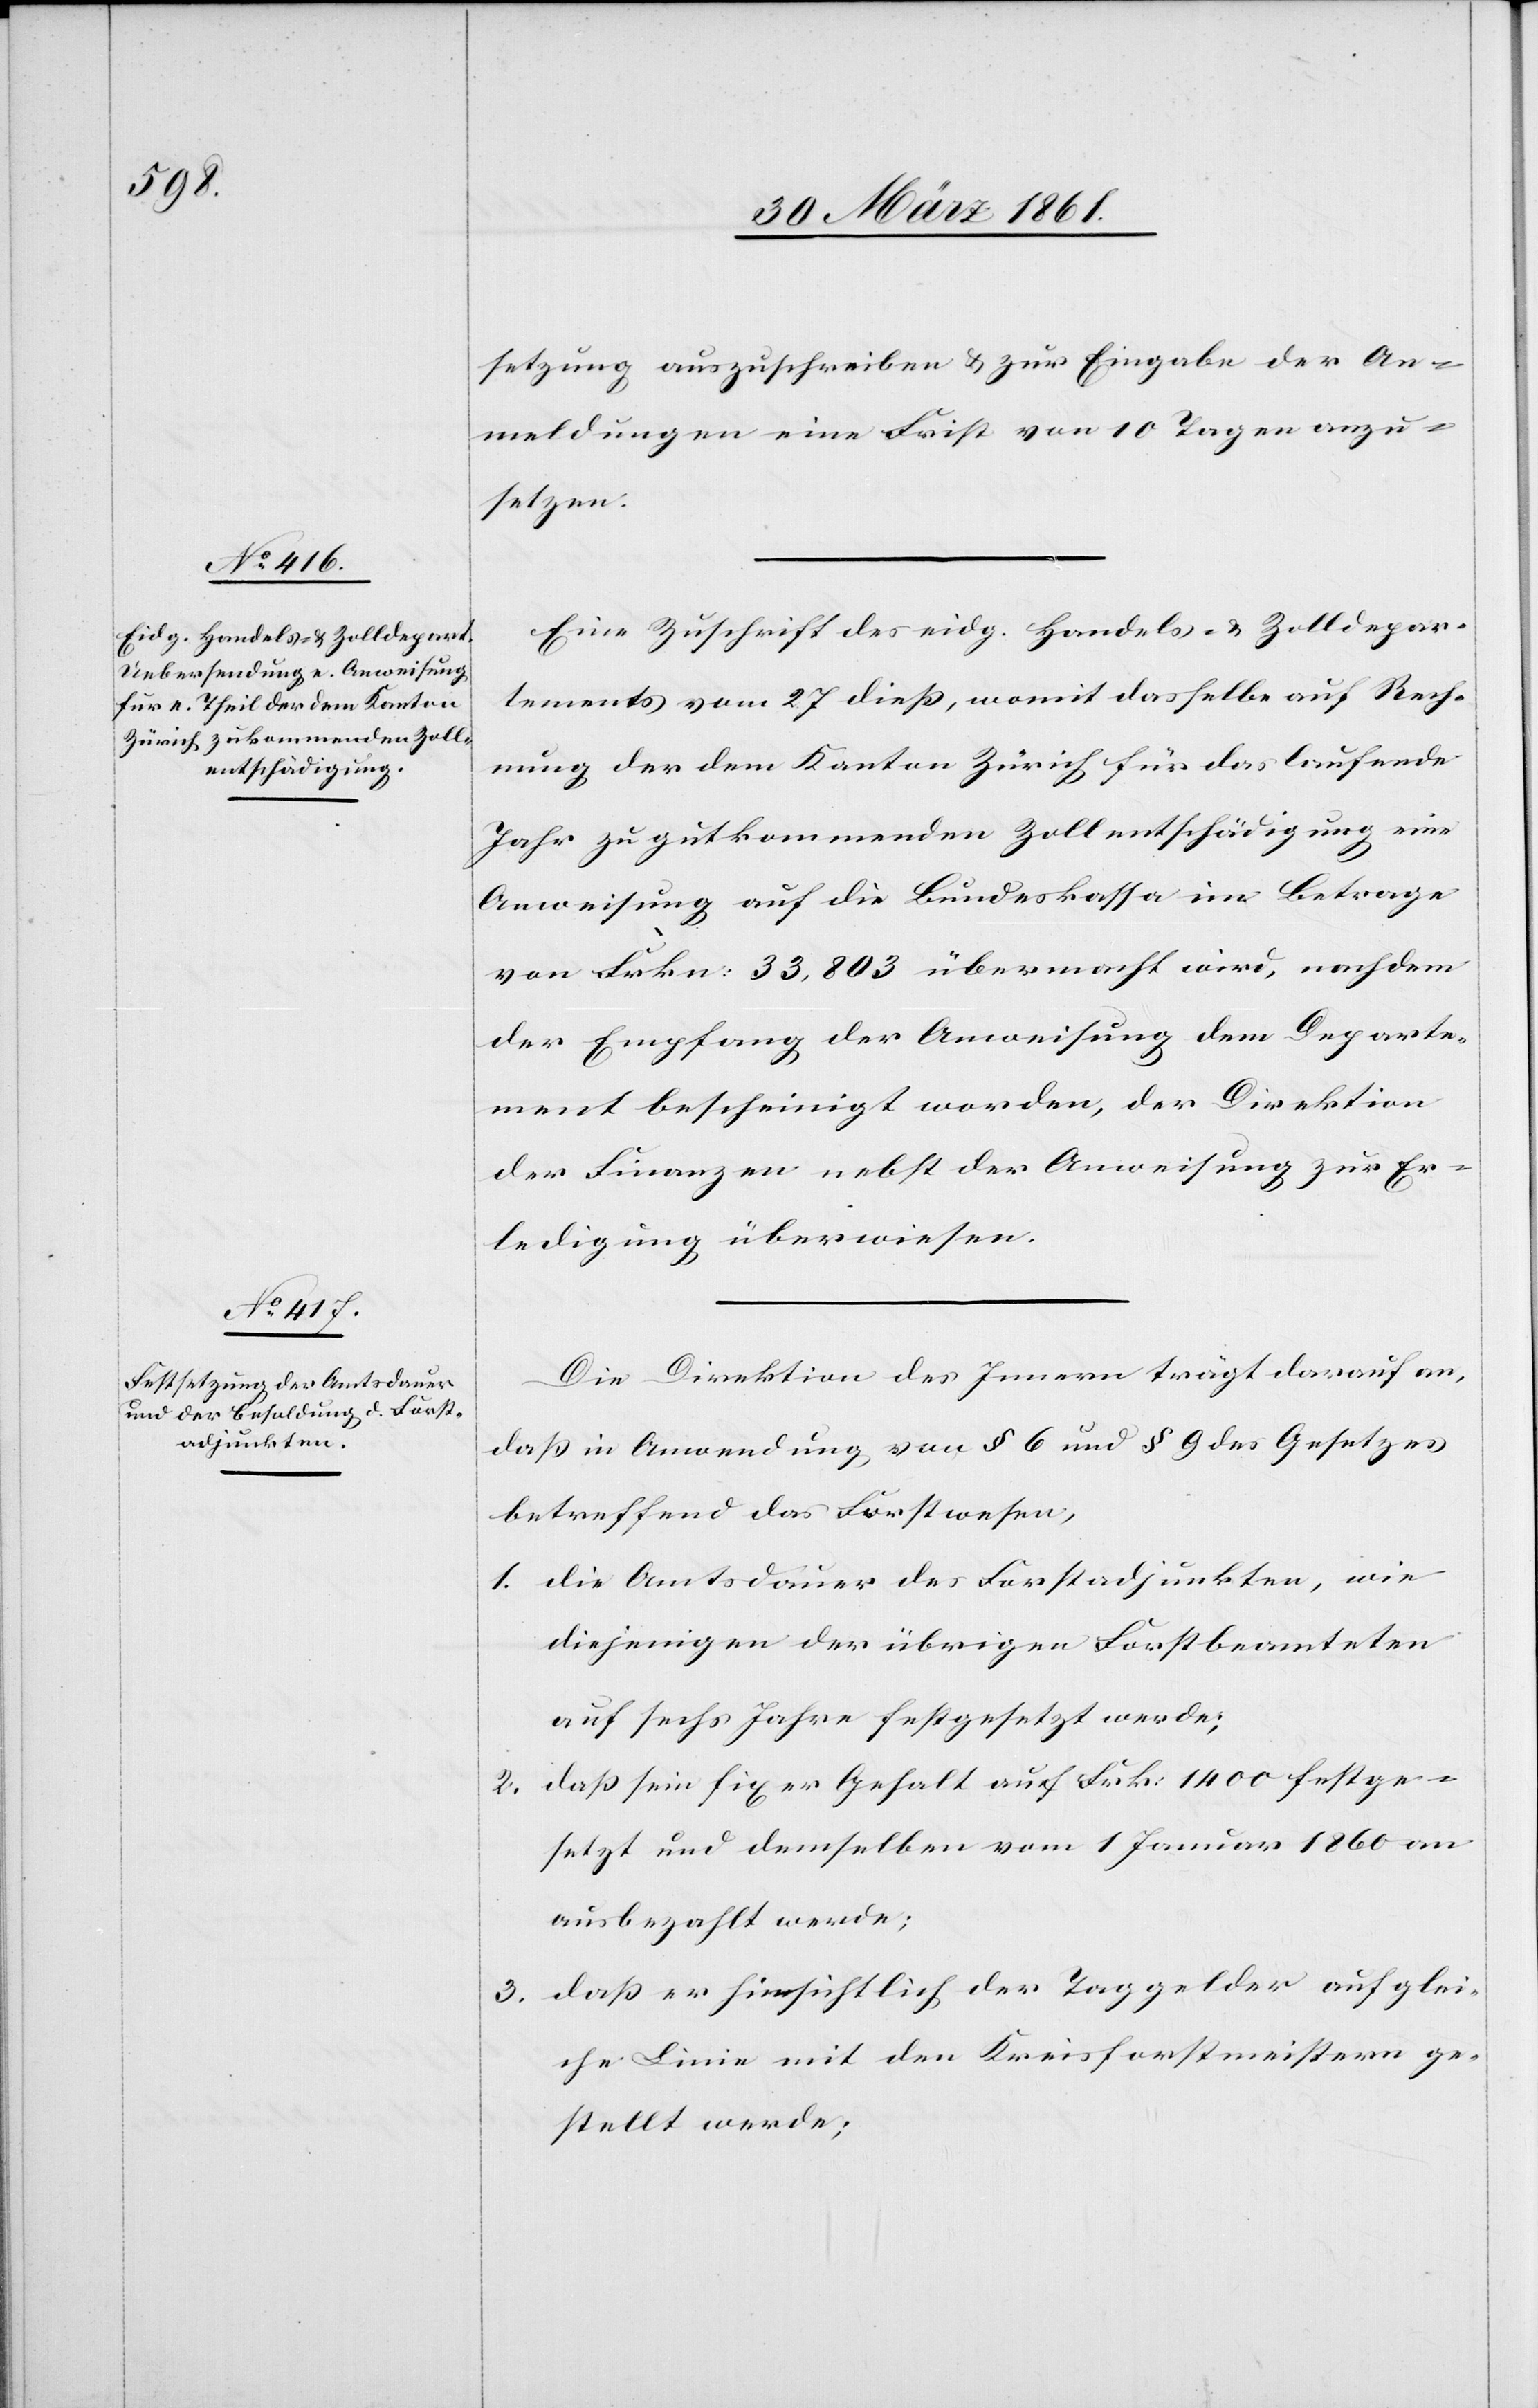
setzung anzuschreiben u. zur Eingabe der An¬
meldungen eine Frist von 10 Tagen anzu¬
setzen.
Eine Zuschrift des eidg. Handels- u. Zolldepar¬
tements vom 27. dieß, womit dasselbe auf Rech¬
nung der dem Kanton Zürich für das laufende
Jahr zugutkommenden Zollentschädigung eine
Anweisung auf die Bundeskassa im Betrage
von Frkn: 33,803 übermacht wird, nachdem
der Empfang der Anweisung dem Departe¬
ment bescheinigt worden, der Direktion
der Finanzen nebst der Anweisung zur Er¬
ledigung überwiesen.
Die Direktion des Innern trägt darauf an,
daß in Anwendung von § 6 und § 9 des Gesetzes
betreffend das Forstwesen,
1. die Amtsdauer des Forstadjunkten, wie
diejenigen der übrigen Forstbeamteten
auf sechs Jahre festgesetzt werde;
2. dass sein fixer Gehalt auf Frk: 1400 festge¬
setzt und demselben vom 1. Januar 1860 an
ausbezahlt werde;
dass er hinsichtlich der Taggelder auf glei¬
3.
che Linie mit den Kreisforstmeistern ge¬
stellt werde;